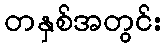
တနှစ်အတွင်း